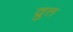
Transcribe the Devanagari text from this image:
व्रुत्त